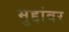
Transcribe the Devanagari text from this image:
मुद्दांवर